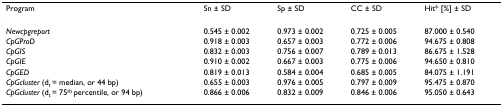
<table><thead><tr><td><b>Program</b></td><td><b>Sn ± SD</b></td><td><b>Sp ± SD</b></td><td><b>CC ± SD</b></td><td><b>Hit* [%] ± SD</b></td></tr></thead><tbody><tr><td><i>Newcpgreport</i></td><td>0.545 ± 0.002</td><td>0.973 ± 0.002</td><td>0.725 ± 0.005</td><td>87.000 ± 0.540</td></tr><tr><td><i>CpGProD</i></td><td>0.918 ± 0.003</td><td>0.657 ± 0.003</td><td>0.772 ± 0.006</td><td>94.675 ± 0.808</td></tr><tr><td><i>CpGIS</i></td><td>0.832 ± 0.003</td><td>0.756 ± 0.007</td><td>0.789 ± 0.013</td><td>86.675 ± 1.528</td></tr><tr><td><i>CpGIE</i></td><td>0.910 ± 0.002</td><td>0.667 ± 0.003</td><td>0.775 ± 0.006</td><td>94.650 ± 0.810</td></tr><tr><td><i>CpGED</i></td><td>0.819 ± 0.013</td><td>0.584 ± 0.004</td><td>0.685 ± 0.005</td><td>84.075 ± 1.191</td></tr><tr><td><i>CpGcluster </i>(d<sub><i>t </i></sub>= median, or 44 bp)</td><td>0.655 ± 0.003</td><td>0.976 ± 0.005</td><td>0.797 ± 0.009</td><td>95.475 ± 0.870</td></tr><tr><td><i>CpGcluster </i>(d<sub><i>t </i></sub>= 75<sup>th </sup>percentile, or 94 bp)</td><td>0.866 ± 0.006</td><td>0.832 ± 0.009</td><td>0.846 ± 0.006</td><td>95.050 ± 0.643</td></tr></tbody></table>